Civil Veterinary Department. Madras. Admin. report 1926-33 - 1926-1933
Year: 1926
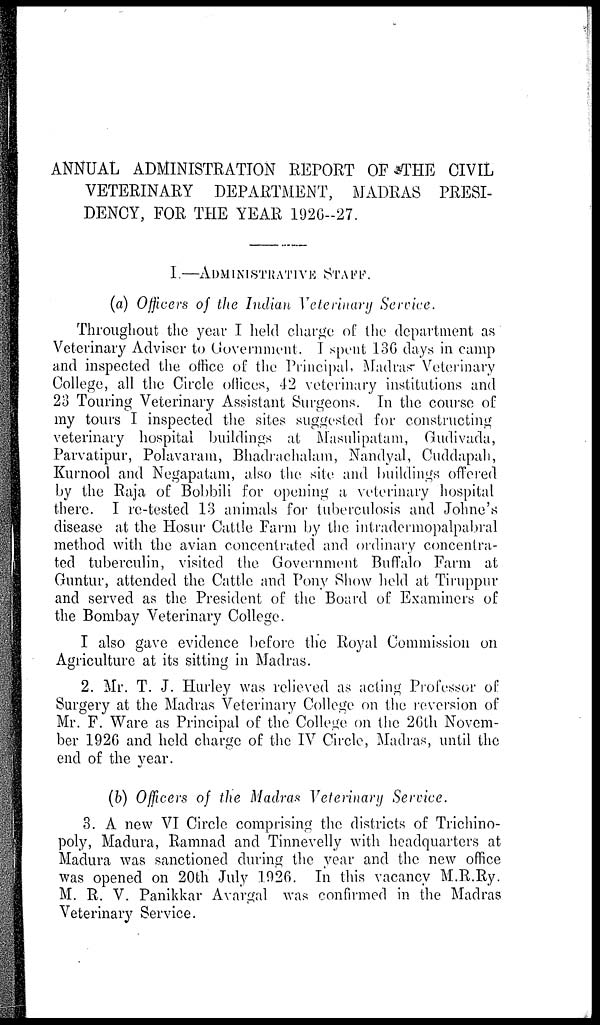
ANNUAL ADMINISTRATION REPORT OF THE CIVIL
VETERINARY DEPARTMENT, MADRAS PRESI-
DENCY, FOR THE YEAR 1926-27.
I.—ADMINISTRATIVE STAFF.
(a) Officers of the Indian Veterinary Service.
Throughout the year I held charge of the department as
Veterinary Adviser to Government. I spent 136 days in camp
and inspected the office of the Principal, Madras Veterinary
College, all the Circle offices, 42 veterinary institutions and
23 Touring Veterinary Assistant Surgeons. In the course of
my tours I inspected the sites suggested for constructing
veterinary hospital buildings at Masulipatam, Gudivada,
Parvatipur, Polavaram, Bhadrachalam, Nandyal, Cuddapah,
Kurnool and Negapatam, also the site and buildings offered
by the Raja of Bobbili for opening a veterinary hospital
there. I re-tested 13 animals for tuberculosis and Johne's
disease at the Hosur Cattle Farm by the intradermopalpabral
method with the avian concentrated and ordinary concentra-
ted tuberculin, visited the Government Buffalo Farm at
Guntur, attended the Cattle and Pony Show held at Tiruppur
and served as the President of the Board of Examiners of
the Bombay Veterinary College.
I also gave evidence before the Royal Commission on
Agriculture at its sitting in Madras.
2. Mr. T. J. Hurley was relieved as acting Professor of
Surgery at the Madras Veterinary College on the reversion of
Mr. F. Ware as Principal of the College on the 26th Novem-
ber 1926 and held charge of the IV Circle, Madras, until the
end of the year.
(b) Officers of the Madras Veterinary Service.
3. A new VI Circle comprising the districts of Trichino-
poly, Madura, Ramnad and Tinnevelly with headquarters at
Madura was sanctioned during the year and the new office
was opened on 20th July 1926. In this vacancy M.R.Ry.
M. R. V. Panikkar Avargal was confirmed in the Madras
Veterinary Service.